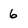
Character: 6